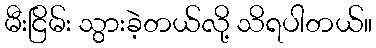
မီးငြိမ်း သွားခဲ့တယ်လို့ သိရပါတယ်။